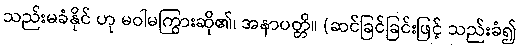
သည်းမခံနိုင် ဟု မဝါမကြွားဆို၏၊ အနာပတ္တိ။ (ဆင်ခြင်ခြင်းဖြင့် သည်းခံ၍